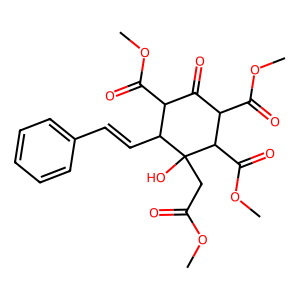
SMILES: COC(=O)CC1(O)C(C=Cc2ccccc2)C(C(=O)OC)C(=O)C(C(=O)OC)C1C(=O)OC
Inhibits HIV replication: No